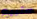
ستبيع